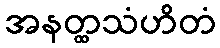
အနတ္ထသံဟိတံ